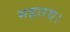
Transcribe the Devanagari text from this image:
महारथ।